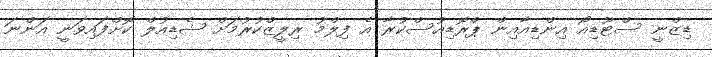
ޑިޒްނީ ސްޓޫޑިއޯ އިންޑިއާއިން ޕްރޮޑިއުސްކުރާ އެ ފިލްމު ރިލީޒްކުރުމަށް ޝެޑިއުލް ކޮށްފައިވަނީ އަންނަ